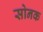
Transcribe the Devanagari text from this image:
सोनक